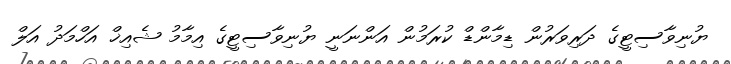
ޔުނިވާސިޓީގެ ދަރިވަރުން ޑިމާންޑް ކުރަމުން އަންނަނީ ޔުނިވާސިޓީގެ އިމާމު ޝެއިޚް އަހްމަދު އަލް